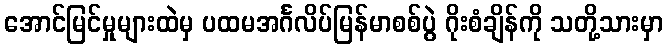
အောင်မြင်မှုများထဲမှ ပထမအင်္ဂလိပ်မြန်မာစစ်ပွဲ ဂိုးစံချိန်ကို သတို့သားမှာ